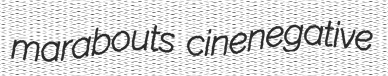
marabouts cinenegative